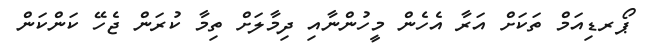
ޕޯރޑިއަމް ތަކަށް އަރާ އެހެން މީހުންނާއި ދިމާލަށް ތިމާ ކުރަން ޖެހޭ ކަންކަން